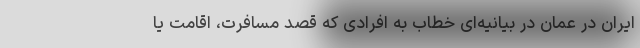
ایران در عمان در بیانیه‌ای خطاب به افرادی که قصد مسافرت، اقامت یا